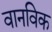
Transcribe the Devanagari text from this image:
वानविक